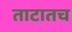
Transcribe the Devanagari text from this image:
ताटातच